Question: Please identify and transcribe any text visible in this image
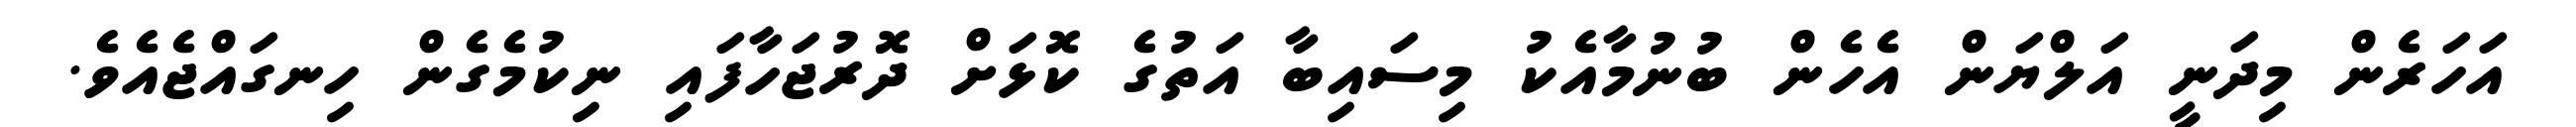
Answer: އަހަރެން މިދަނީ އަލްޔަން އެހެން ބުނުމާއެކު މިސައިބާ އަތުގެ ކޮޅަށް ދޮރުޖަހާފައި ނިކުމެގެން ހިނގައްޖެއެވެ.